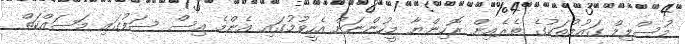
މުސްލިމް ގައުމުތަކުގެ ތެރެއިން ރޮހިންޔާ މީހުންނަށް އެހީވުމުގައި އެންމެ އިސް ސަފުގައި މަސައްކަތް